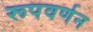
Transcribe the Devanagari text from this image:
रूपवर्णन